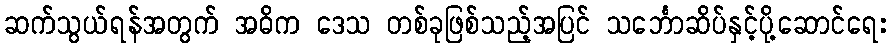
ဆက်သွယ်ရန်အတွက် အဓိက ဒေသ တစ်ခုဖြစ်သည့်အပြင် သင်္ဘောဆိပ်နှင့်ပို့ဆောင်ရေး